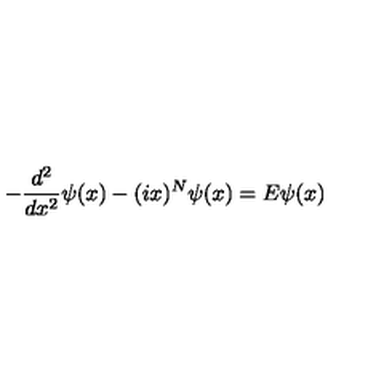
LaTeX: - \frac { d ^ { 2 } } { d x ^ { 2 } } \psi ( x ) - ( i x ) ^ { N } \psi ( x ) = E \psi ( x )